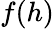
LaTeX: f(h)